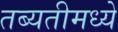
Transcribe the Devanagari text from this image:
तब्यतीमध्ये